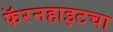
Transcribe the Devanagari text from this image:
फॅरनहाइटचा